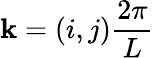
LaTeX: \textbf{k}=(i,j)\frac{2\pi}{L}